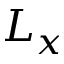
L _ { x }